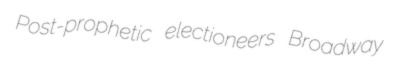
Post-prophetic electioneers Broadway